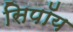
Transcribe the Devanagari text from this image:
सिपॉय